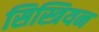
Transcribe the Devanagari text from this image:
सिस्त्रियन